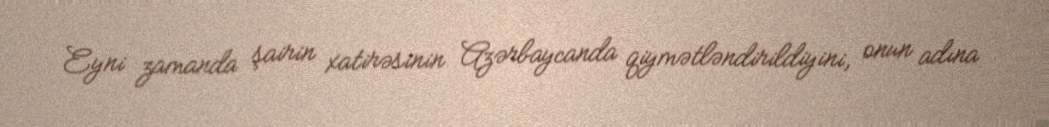
Eyni zamanda şairin xatirəsinin Azərbaycanda qiymətləndirildiyini, onun adına